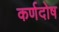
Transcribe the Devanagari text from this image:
कर्णदोष